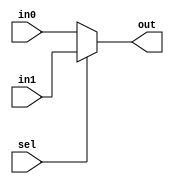
`timescale 1ns / 1ps
//////////////////////////////////////////////////////////////////////////////////
// Company: 
// Engineer: 
// 
// Design Name: 
// Module Name: Mux
// Project Name: 
// Target Devices: 
// Tool Versions: 
// Description: 
// 
// Dependencies: 
// 
// Revision:
// Revision 0.01 - File Created
// Additional Comments:
// 
//////////////////////////////////////////////////////////////////////////////////


module Mux_5bits( // combinational logic circuit. so do not need clk
    output [4:0] out,
    input [4:0] in0, in1,
    input sel 
    );
    
    assign out = (sel)? in1 : in0;
    
//    always @(sel) begin
//        if(!sel) out = in0;
//        else out = in1; 
//    end
    
endmodule


module Mux_32bits( // combinational logic circuit. so do not need clk
    output [31:0] out,
    input [31:0] in0, in1,
    input sel
    );
    
    assign out = (sel)? in1 : in0;
    
//    always @(sel) begin
//        if(!sel) out = in0;
//        else out = in1; 
//    end
    
endmodule